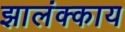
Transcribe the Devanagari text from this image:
झालंक्काय